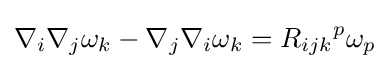
\nabla _{i}\nabla _{j}\omega _{k}-\nabla _{j}\nabla _{i}\omega _{k}={R_{ijk}}^{p}\omega _{p}